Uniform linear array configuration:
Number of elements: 24
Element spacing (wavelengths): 0.5
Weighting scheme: hann
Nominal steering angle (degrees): -60
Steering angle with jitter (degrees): -59.724
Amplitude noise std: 0.05
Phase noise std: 0.05

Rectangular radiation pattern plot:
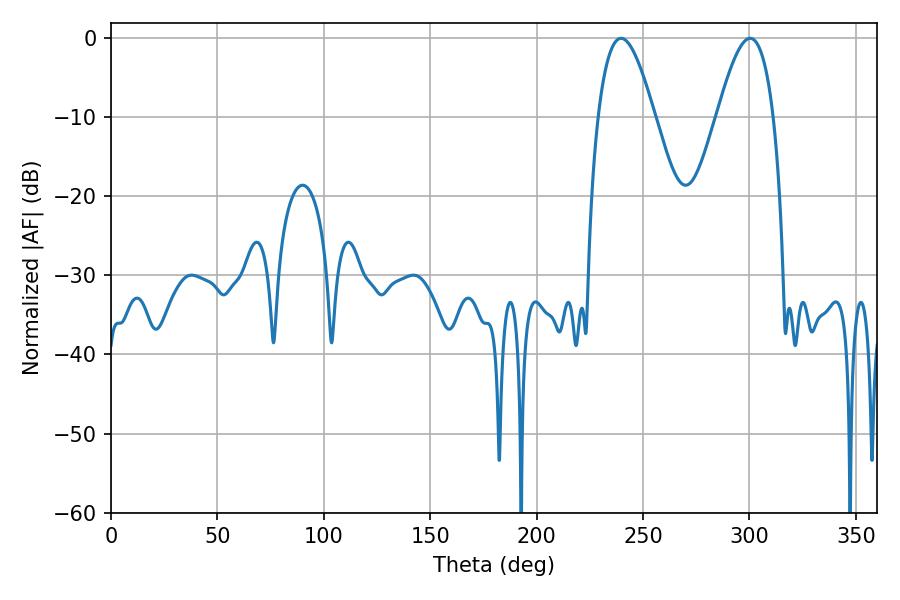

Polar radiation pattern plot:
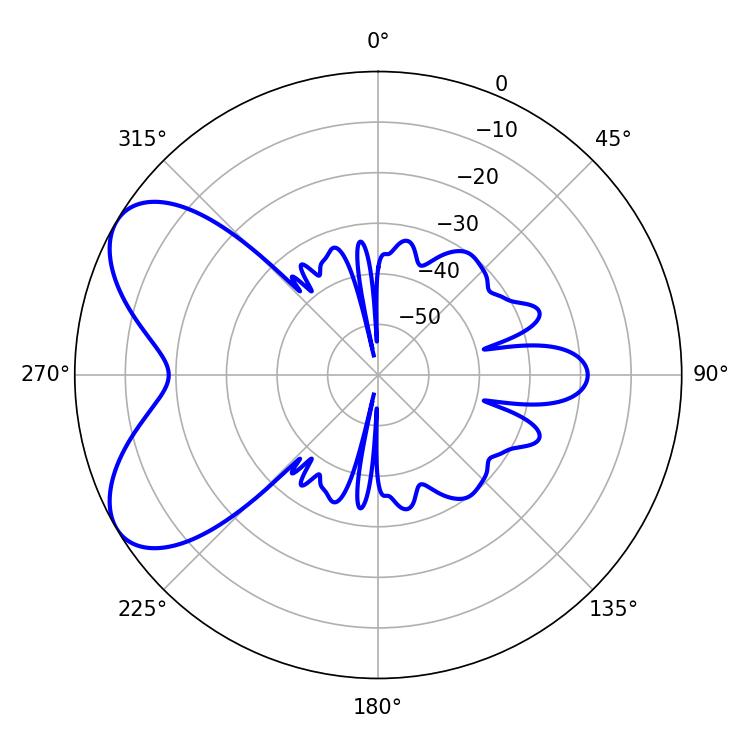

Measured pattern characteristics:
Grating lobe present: FALSE
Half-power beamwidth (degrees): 14.4
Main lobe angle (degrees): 239.76